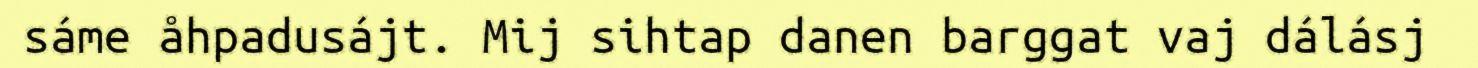
sáme åhpadusájt. Mij sihtap danen barggat vaj dálásj